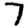
Digit: 7